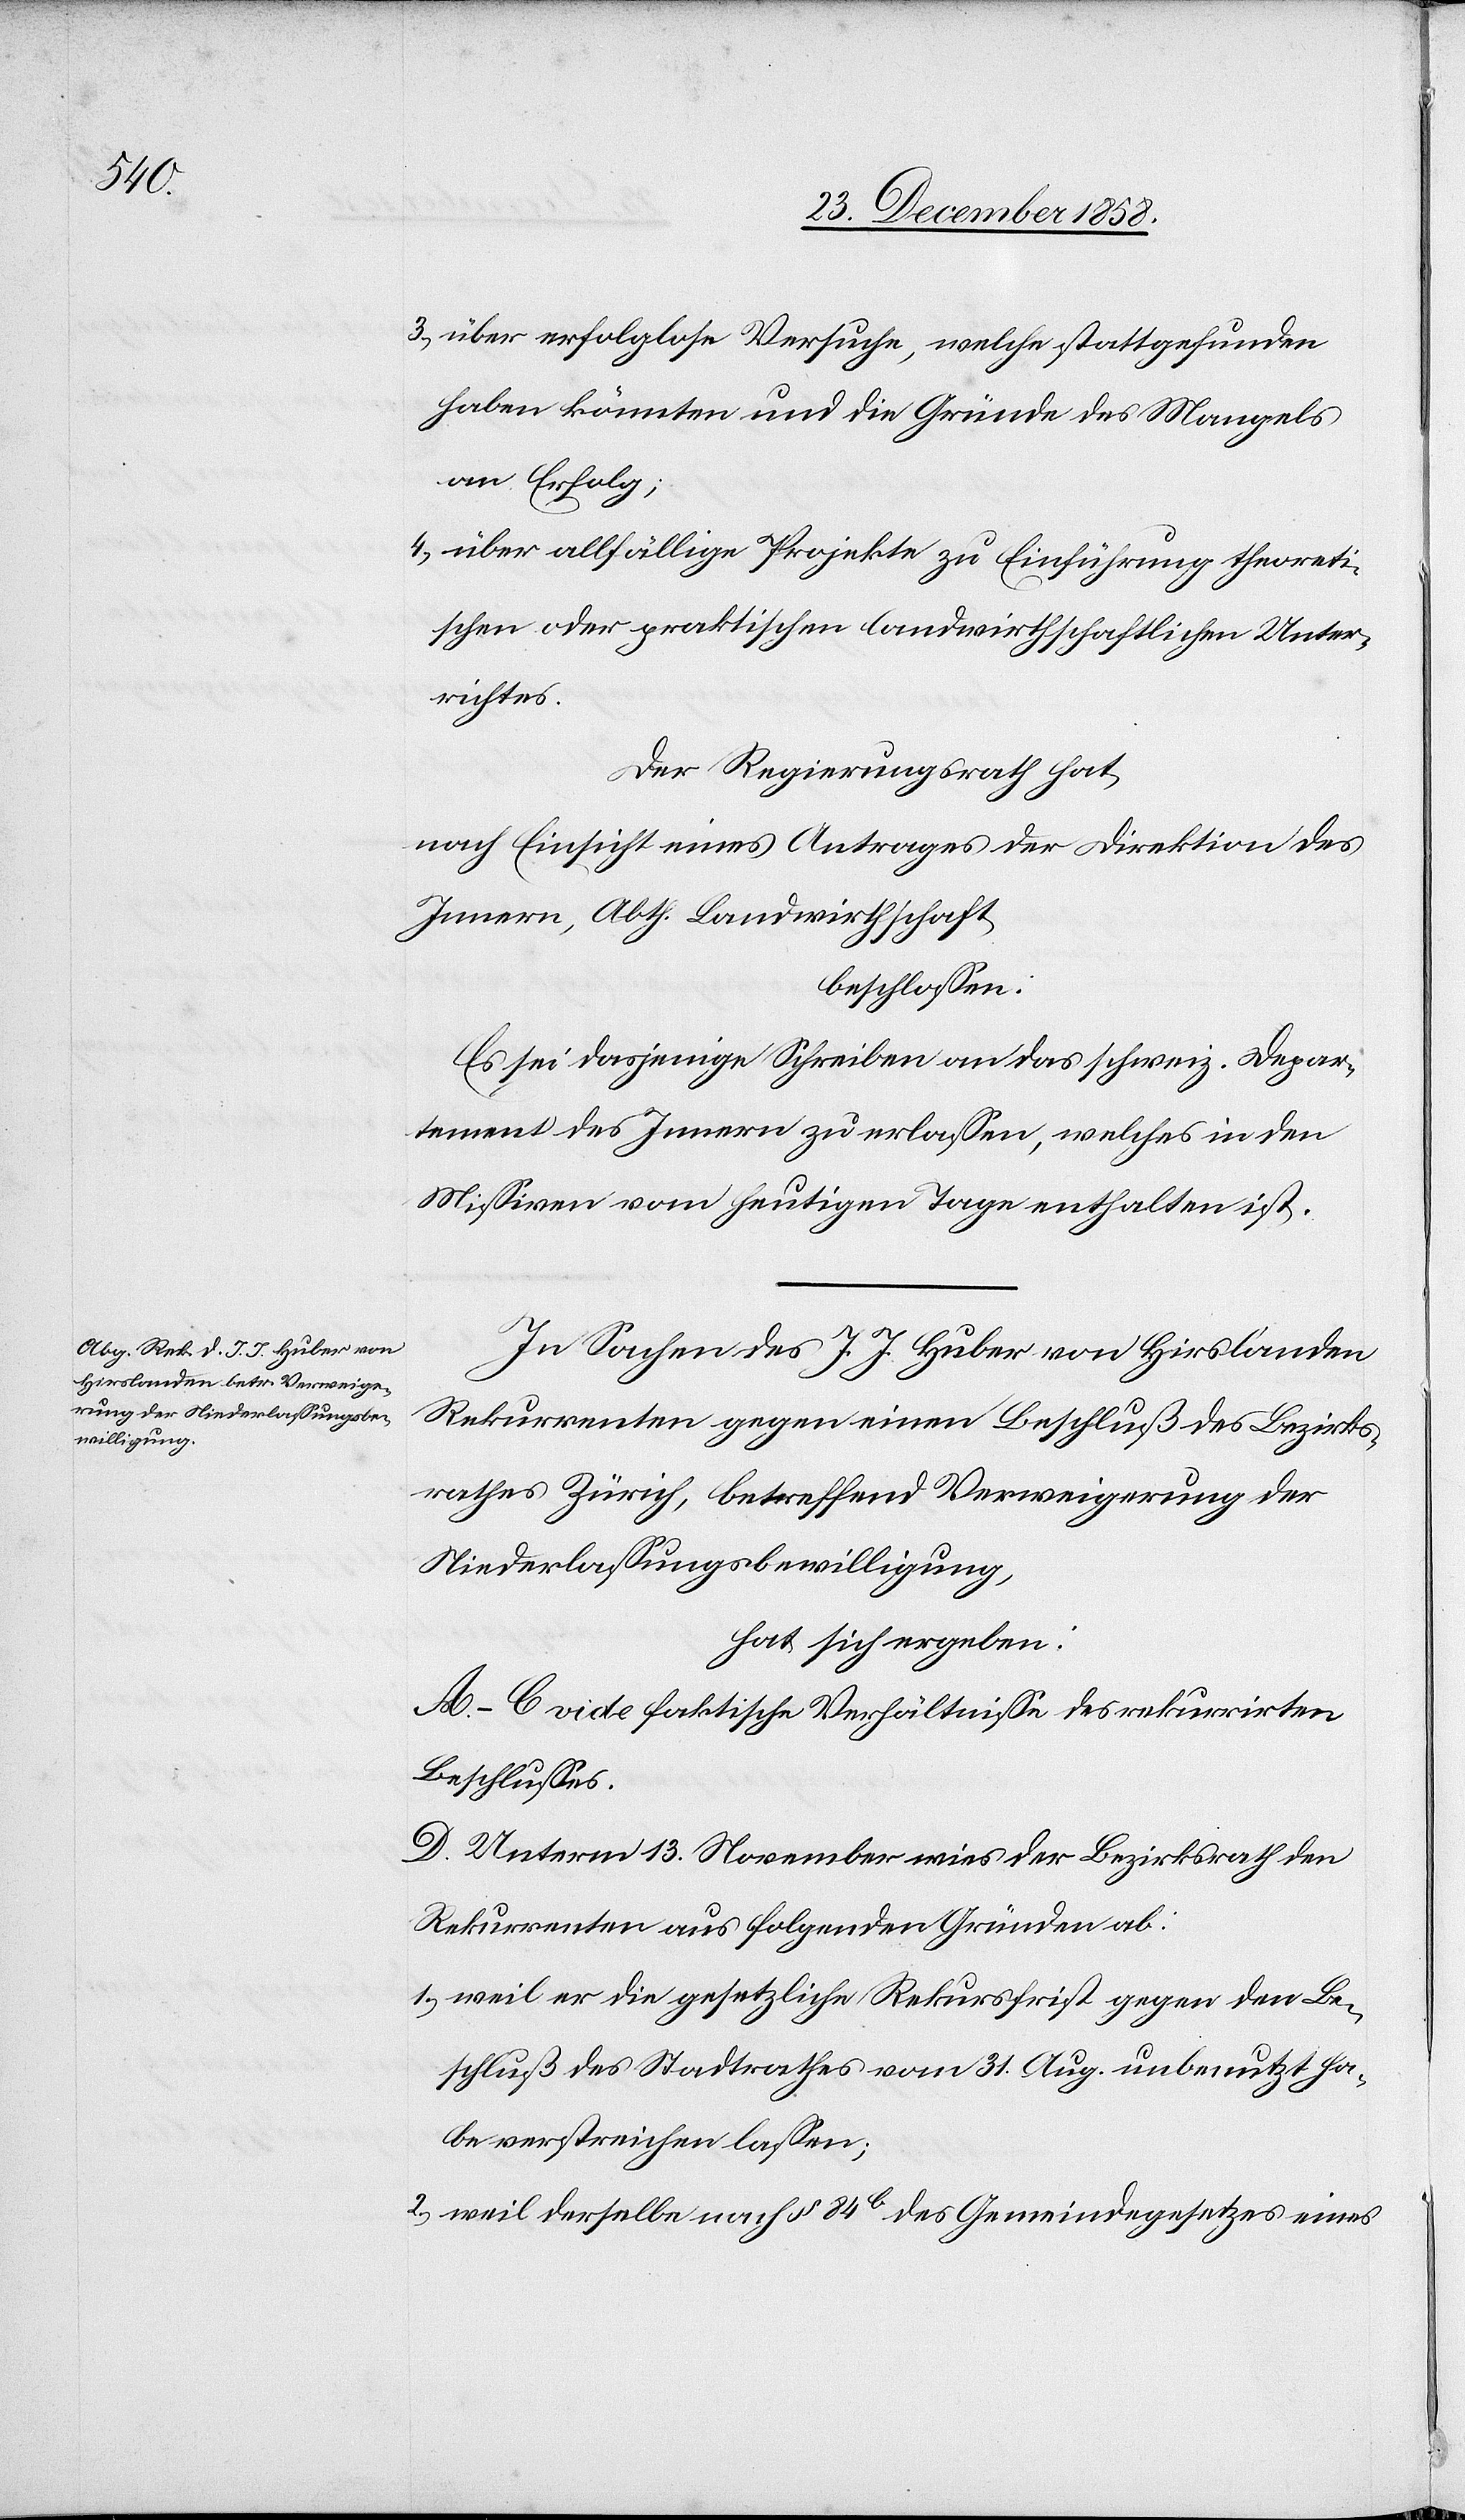
27.

richten
der Regierungsrath be¬
hat sich ergeben: